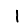
Digit: 1